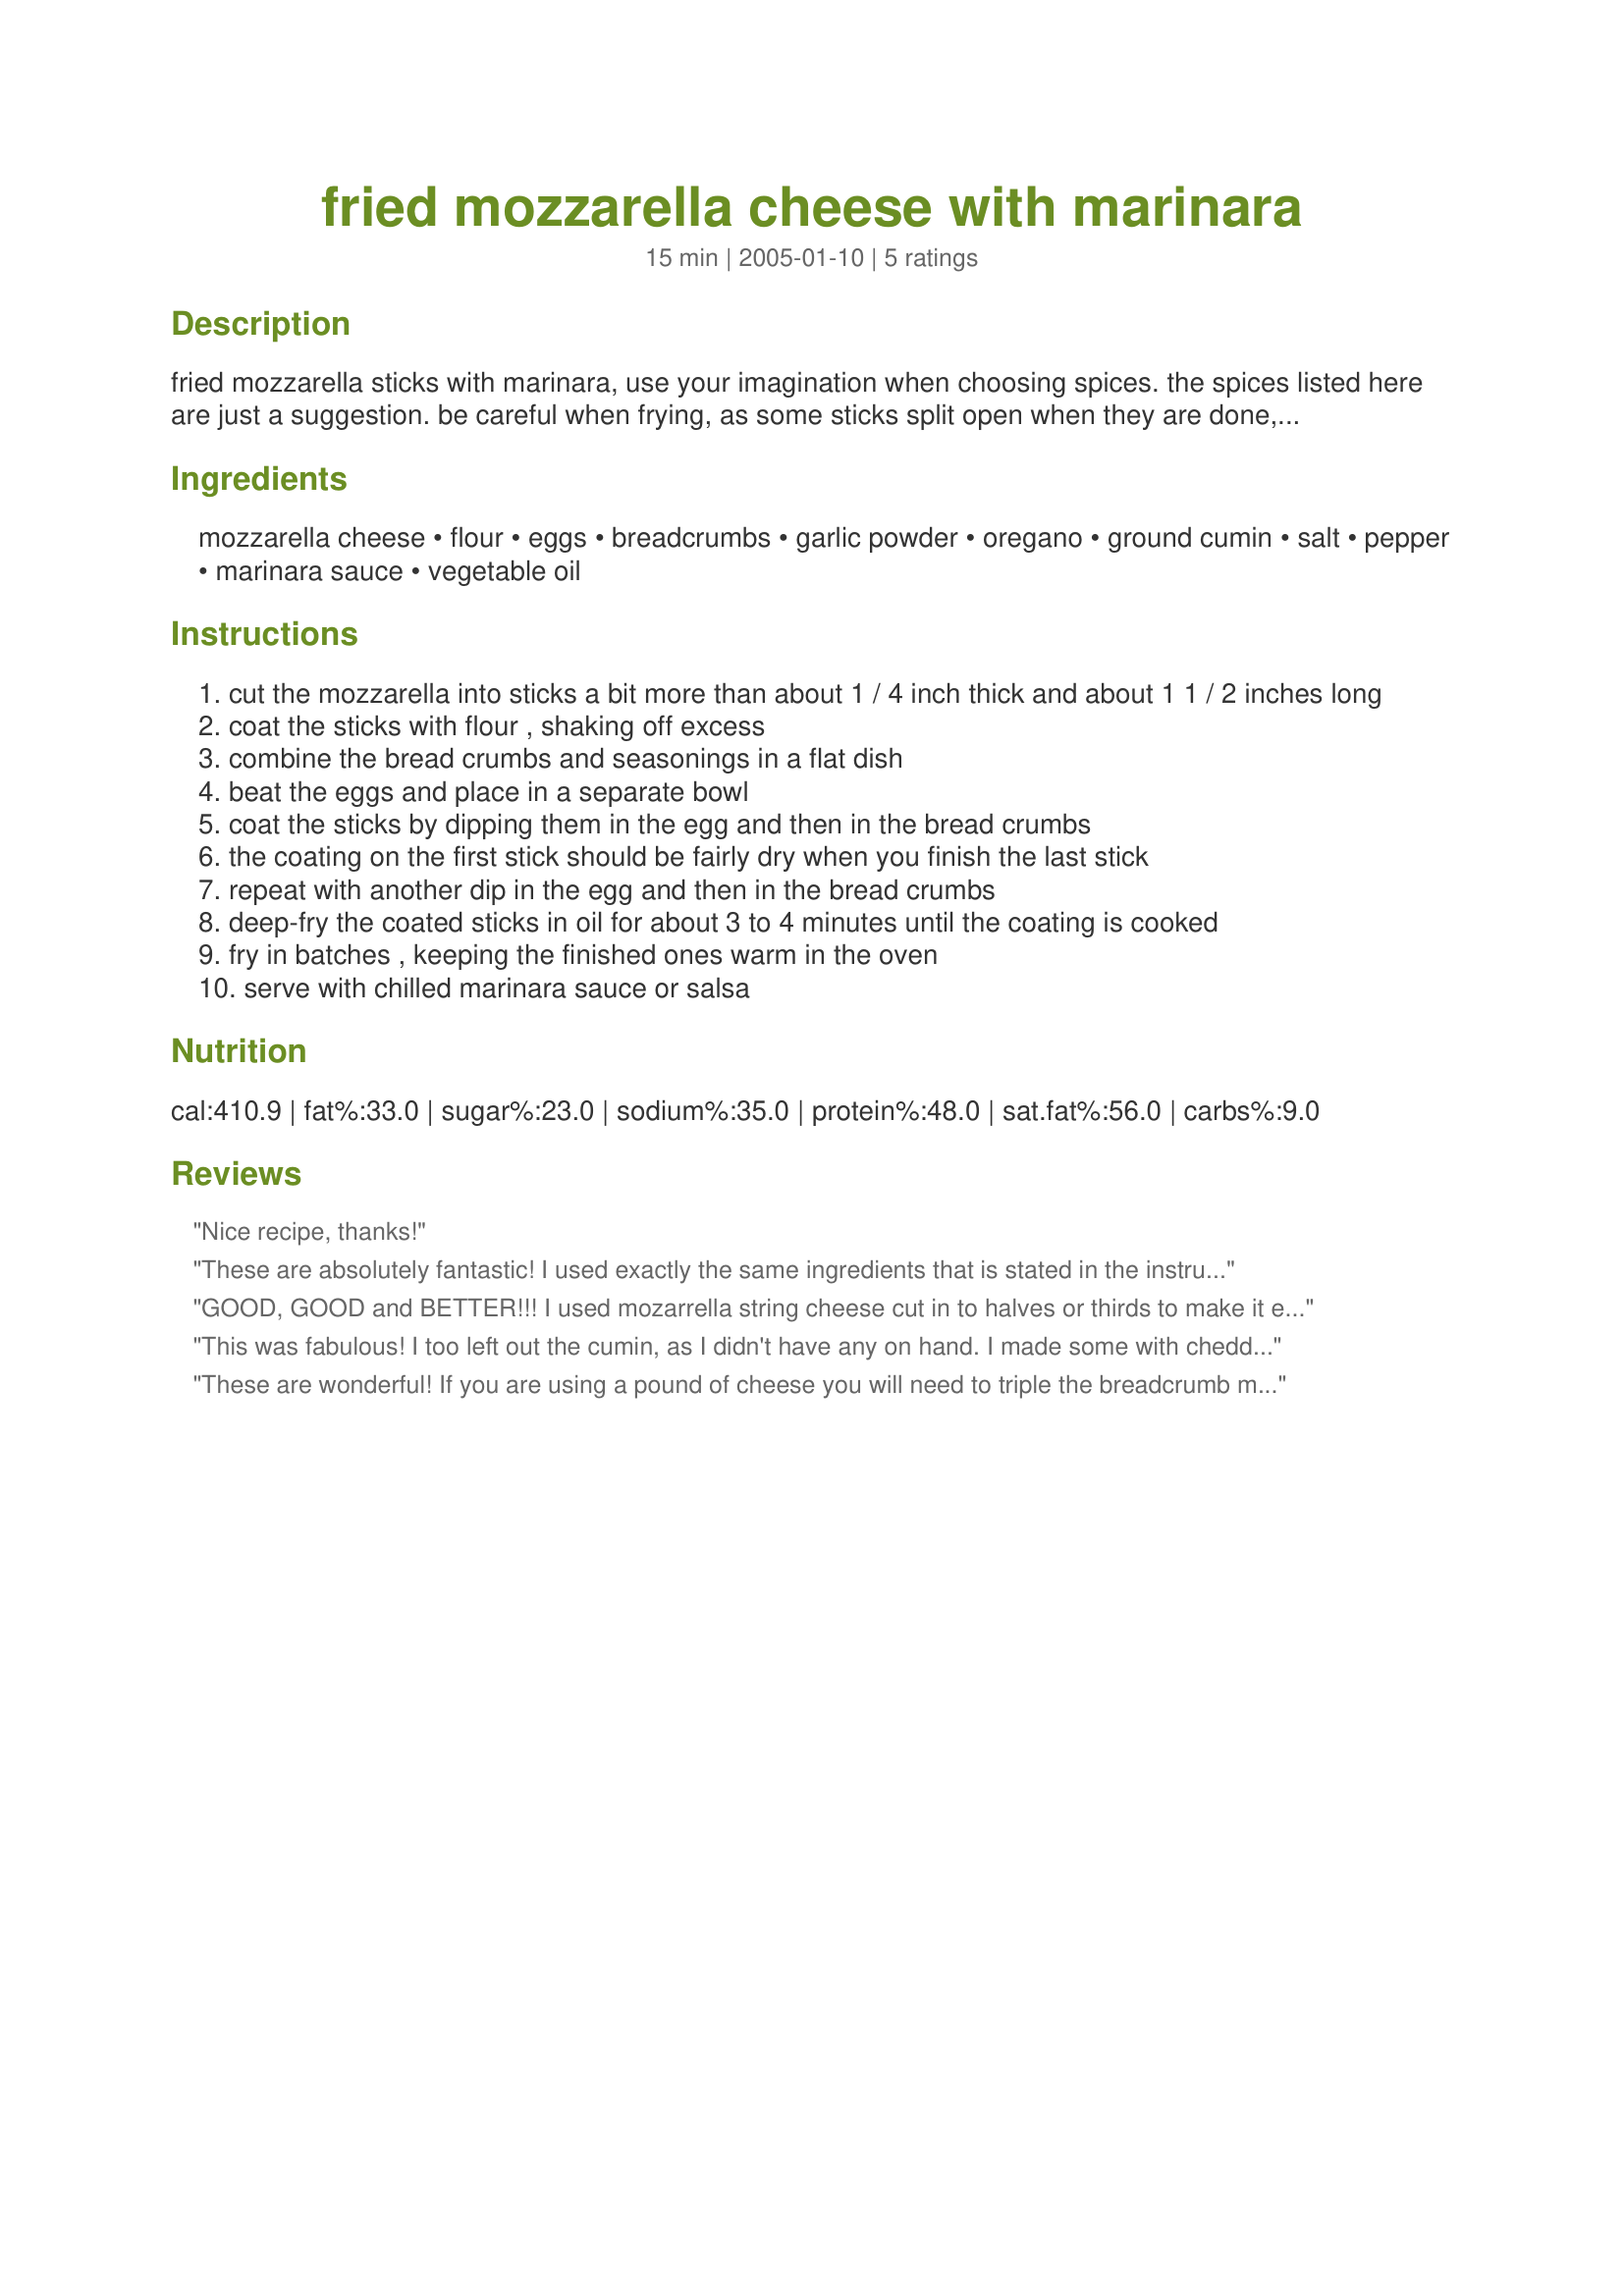
fried mozzarella cheese with marinara
Preparation time: 15 minutes

fried mozzarella sticks with marinara, use your imagination when choosing spices. the spices listed here are just a suggestion. be careful when frying, as some sticks split open when they are done, leaving lots of cheese in your frying oil. you may need more egg or bread crumbs, depending on how many sticks you have and how thick you coat them.

Ingredients:
mozzarella cheese, flour, eggs, breadcrumbs, garlic powder, oregano, ground cumin, salt, pepper, marinara sauce, vegetable oil

Steps:
cut the mozzarella into sticks a bit more than about 1 / 4 inch thick and about 1 1 / 2 inches long
coat the sticks with flour , shaking off excess
combine the bread crumbs and seasonings in a flat dish
beat the eggs and place in a separate bowl
coat the sticks by dipping them in the egg and then in the bread crumbs
the coating on the first stick should be fairly dry when you finish the last stick
repeat with another dip in the egg and then in the bread crumbs
deep-fry the coated sticks in oil for about 3 to 4 minutes until the coating is cooked
fry in batches , keeping the finished ones warm in the oven
serve with chilled marinara sauce or salsa

Reviews:
Nice recipe, thanks!
These are absolutely fantastic! I used exactly the same ingredients that is stated in the instructions. My family went nuts over these. I'm sure I will be making these many many more times. Thanks for this wonderful recipe.
GOOD, GOOD and BETTER!!! I used mozarrella string cheese cut in to halves or thirds to make it easier than bulk cheese..... Came out great...Thanks!
This was fabulous!
I too left out the cumin, as I didn't have any on hand.
I made some with cheddar and some with mozzarella and they turned out great. Lots of compliments.
I found mine cooked faster than stated, but I probably had my oil hotter!
Thanks for a well written and easy to follow recipe!
These are wonderful! If you are using a pound of cheese you will need to triple the breadcrumb mixture. Also, we arent too crazy about cumin, so I left that out. Thinking of using Italian Seasoning in it the next time. Great recipe, thanks for posting it!
